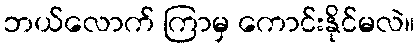
ဘယ်လောက် ကြာမှ ကောင်းနိုင်မလဲ။